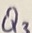
Text: Q3